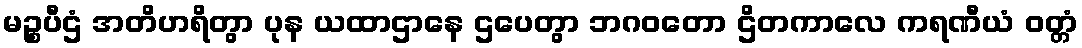
မဉ္စပီဌံ အတိဟရိတွာ ပုန ယထာဌာနေ ဌပေတွာ ဘဂဝတော ဌိတကာလေ ကရဏီယံ ဝတ္တံ